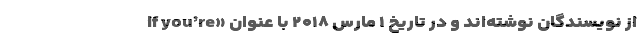
از نویسندگان نوشته‌اند و در تاریخ ۱ مارس ۲۰۱۸ با عنوان «If you’re